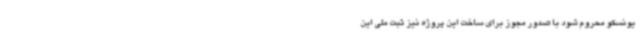
یونسکو محروم شود با صدور مجوز برای ساخت این پروژه نیز ثبت ملی این